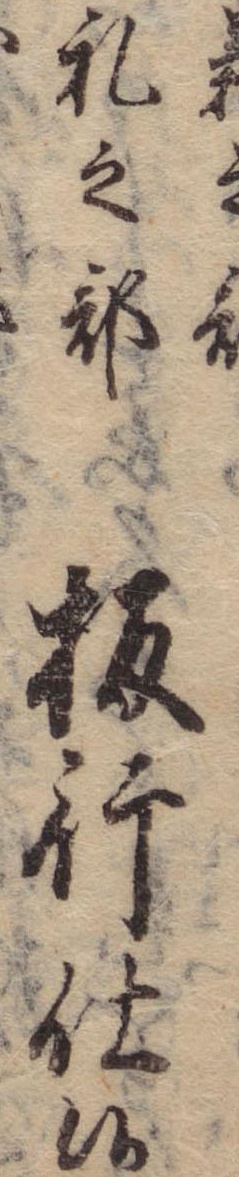
礼之部板行仕候